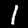
Label: 1